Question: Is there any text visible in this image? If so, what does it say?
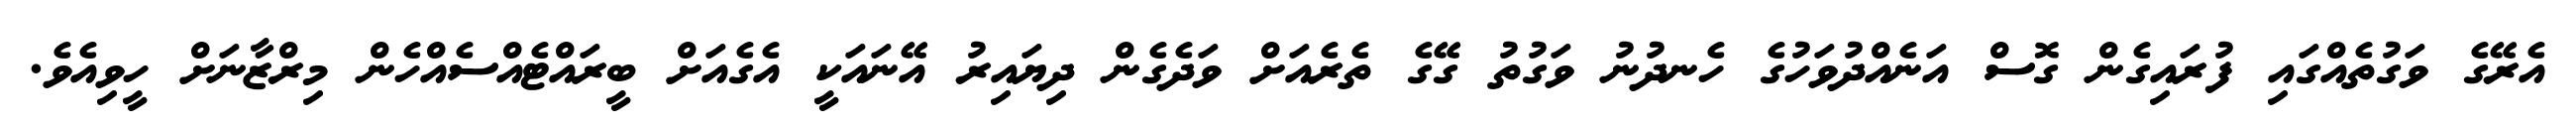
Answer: އެރޭގެ ވަގުތެއްގައި ފުރައިގެން ގޮސް އަނެއްދުވަހުގެ ހެނދުނު ވަގުތު ގޭގެ ތެރެއަށް ވަދެގެން ދިޔައިރު އޭނައަކީ އެގެއަށް ބީރައްޓެއްސެއްހެން މިރްޒާނަށް ހީވިއެވެ.